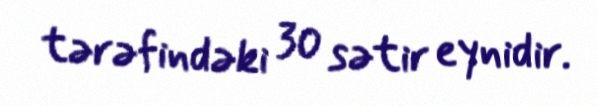
tərəfindəki 30 sətir eynidir.